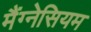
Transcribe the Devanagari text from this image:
मैंग्नेसियम